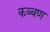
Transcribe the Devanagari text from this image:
कब्बण